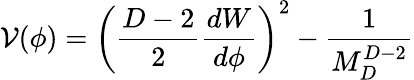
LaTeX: \mathcal{V}(\phi)=\left({\frac{{D-2}}{{2}}}{\frac{{dW}}{{d\phi}}}\right)^{2}-{\frac{{1}}{{M_{D}^{D-2}}}}